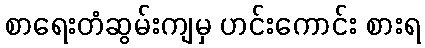
စာရေးတံဆွမ်းကျမှ ဟင်းကောင်း စားရ